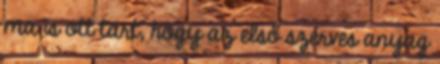
ma is ott tart, hogy az első szerves anyag